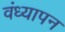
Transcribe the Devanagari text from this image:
वंध्यापन